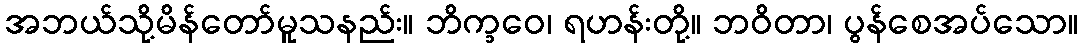
အဘယ်သို့မိန်တော်မူသနည်း။ ဘိက္ခဝေ၊ ရဟန်းတို့။ ဘဝိတာ၊ ပွန်စေအပ်သော။